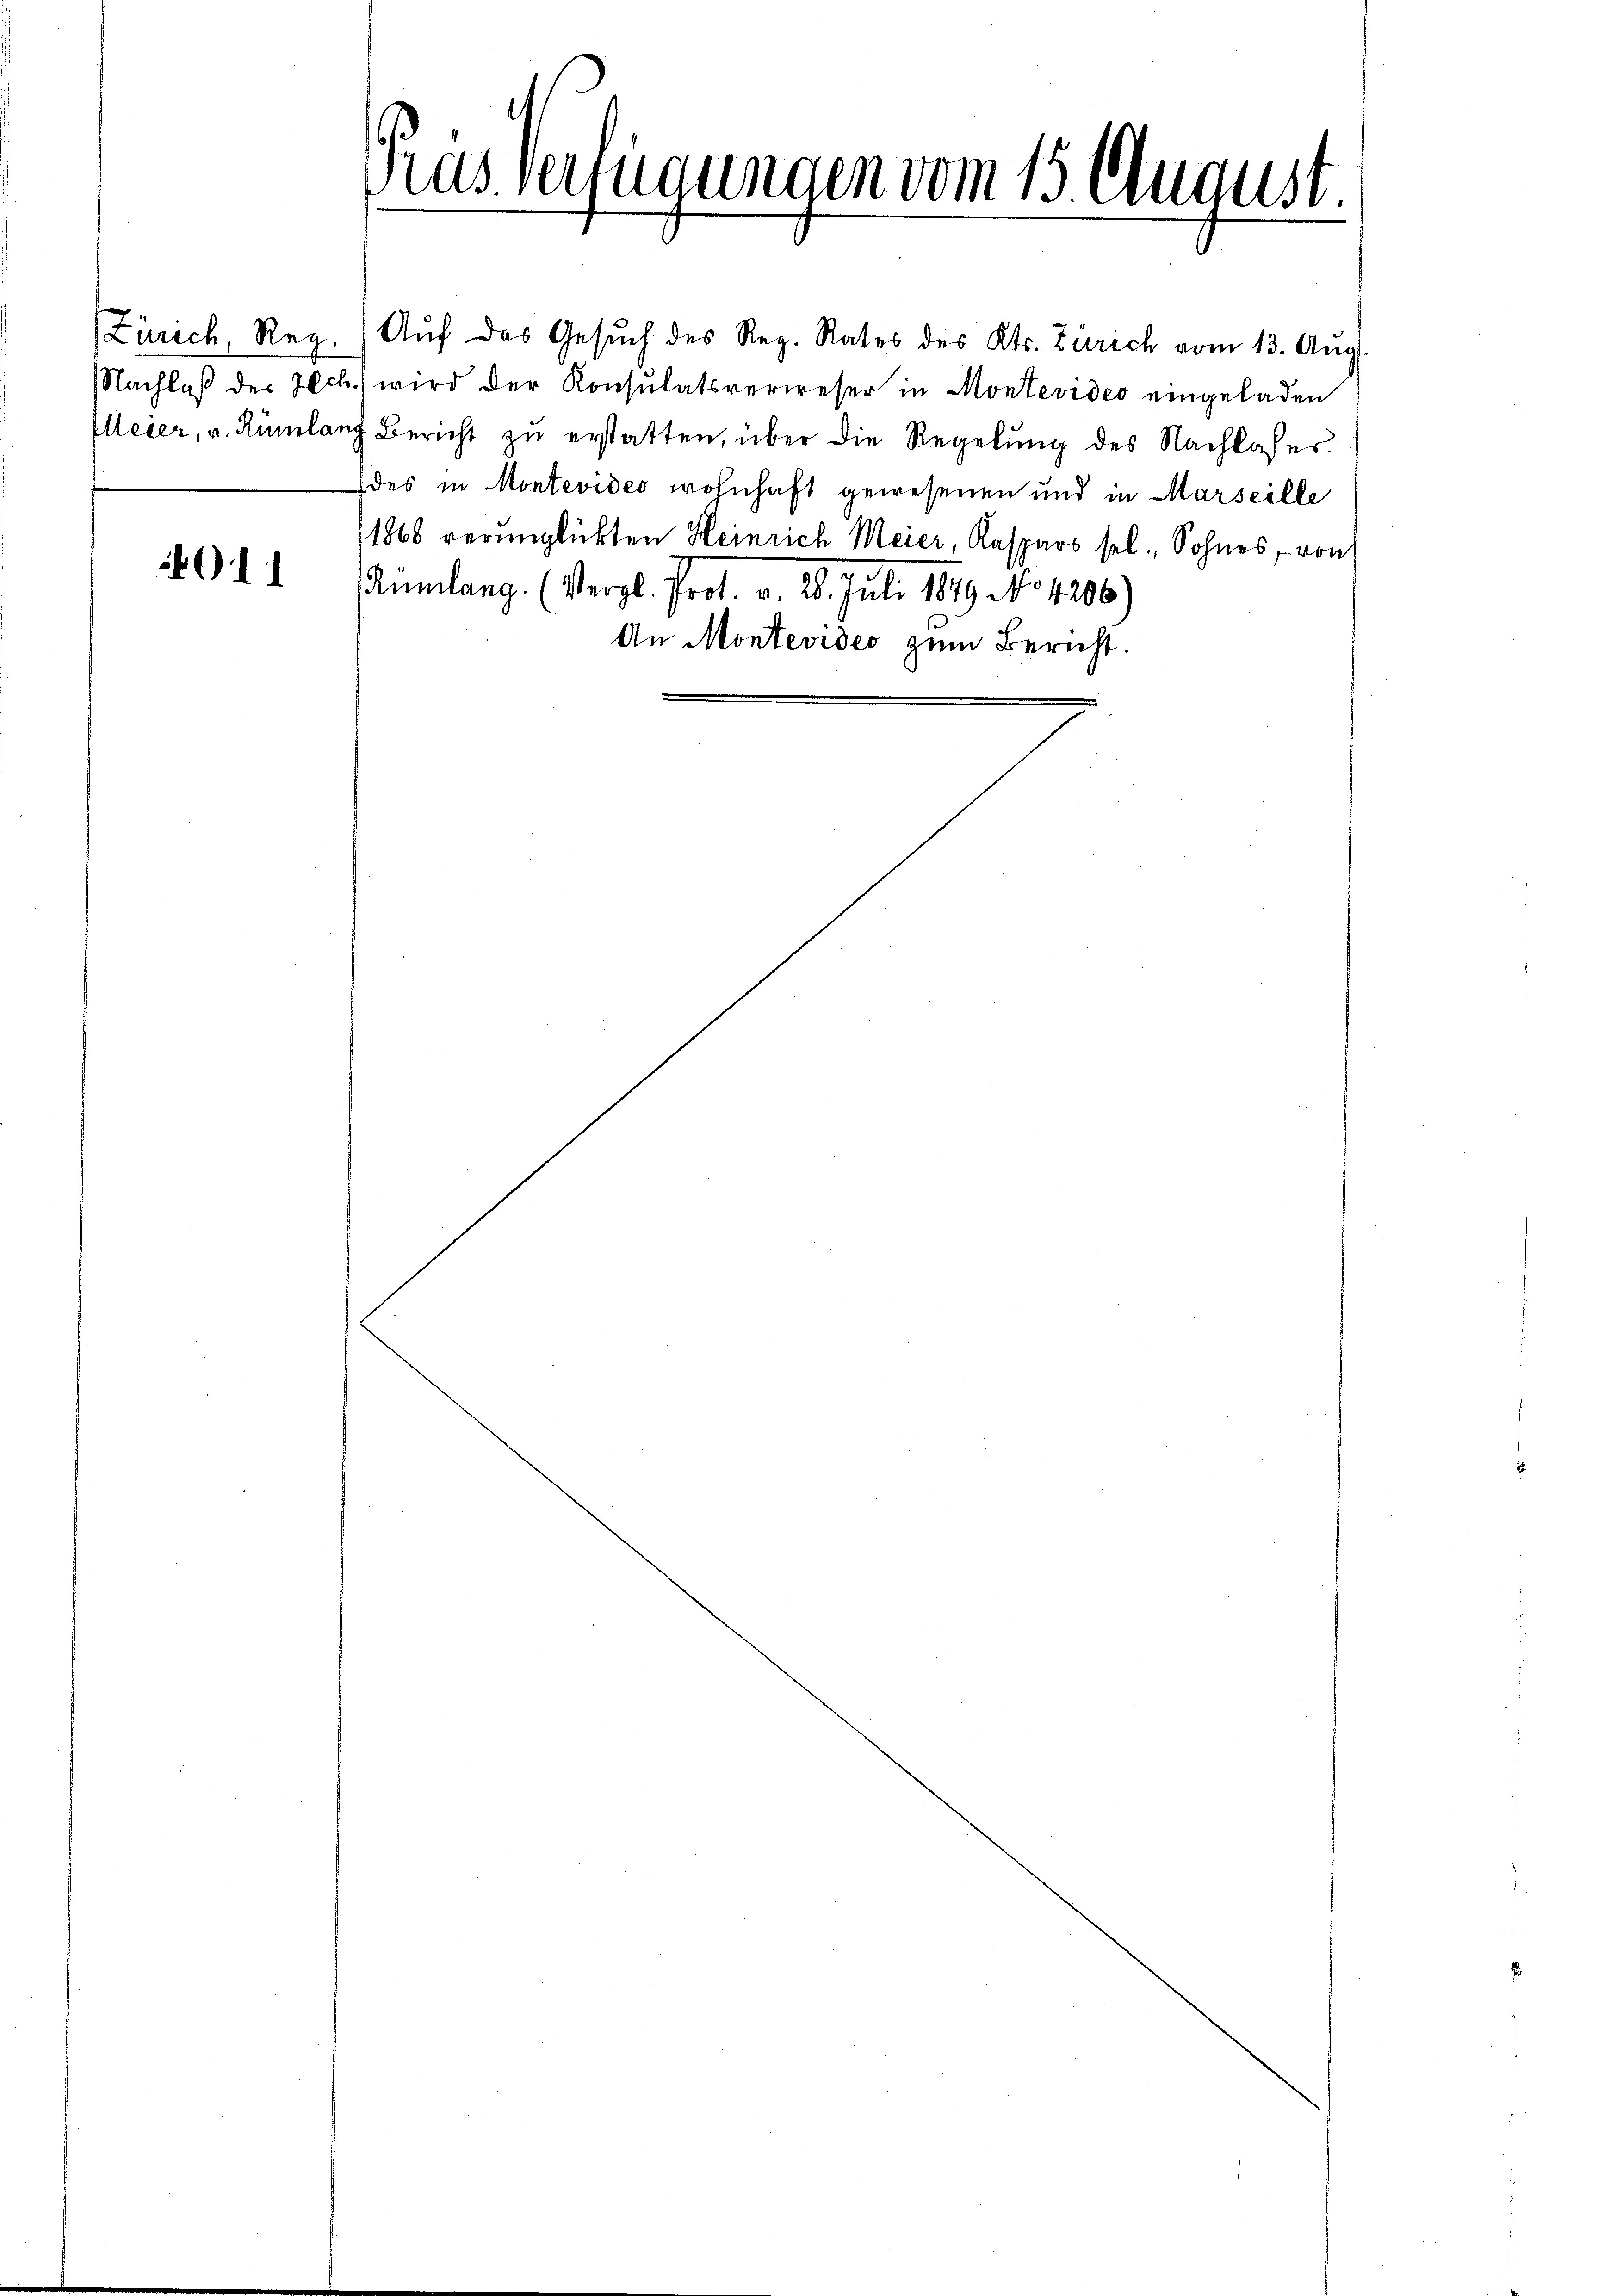
1

Zürich, Reg. Aŭf das Gesŭch des Reg. Rates des Kts. Zürich vom 13. Aŭg.
Nachlaß des Hch. wird der Konsulatsverweser in Montevideo eingeladen
Meier, v. Rümlang Bericht zu erstatten, über die Regelung des Nachlasser
des in Montevides wohnhaft gewesenen und in Marseille
1868 verunglückten Heinrich Meier, Kaspars sel., Sohnes, von
Rümlang. (Vergl. Prot. v. 28. Juli 1879 No 4206)
An Montevideo zum Bericht.

Gras Verfügungen vom 15 Au